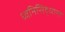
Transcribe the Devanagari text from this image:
ध्वनिसिद्धान्त